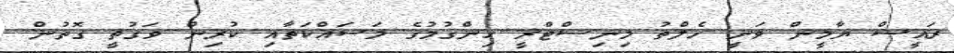
ރައީސް ޔާމީން ވަނީ ހެލްތު މިނިސްޓްރީ ހިންގުމުގެ މަސައްކަތާއި ކުރިން ވަގުތީ ގޮތުން